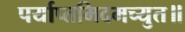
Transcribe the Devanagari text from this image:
पर्याप्तमिदमच्युत॥